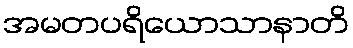
အမတပရိယောသာနာတိ